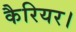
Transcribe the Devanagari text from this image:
कैरियर।